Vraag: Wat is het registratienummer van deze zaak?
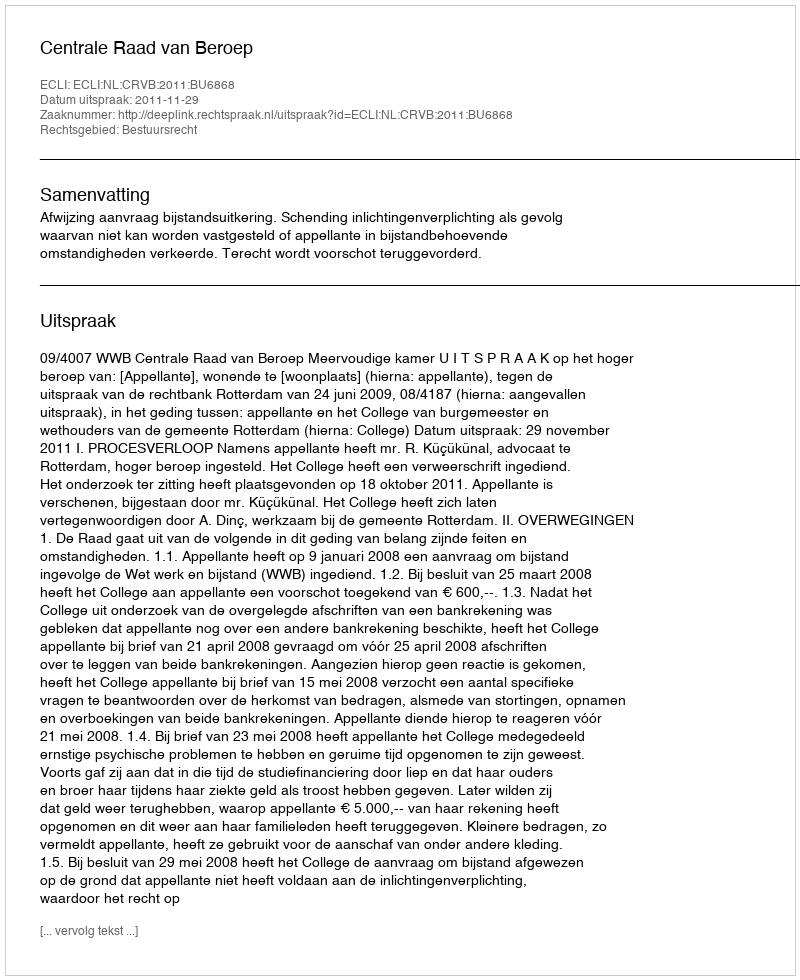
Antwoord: http://deeplink.rechtspraak.nl/uitspraak?id=ECLI:NL:CRVB:2011:BU6868